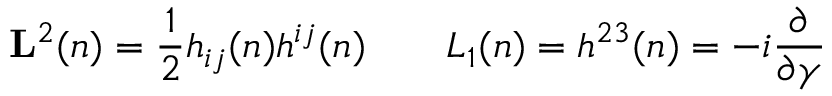
{ \bf L } ^ { 2 } ( n ) = { \frac { 1 } { 2 } } h _ { i j } ( n ) h ^ { i j } ( n ) \qquad L _ { 1 } ( n ) = h ^ { 2 3 } ( n ) = - i { \frac { \partial } { \partial \gamma } }